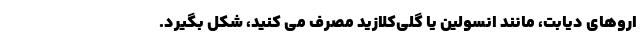
اروهای دیابت، مانند انسولین یا گلی‌کلازید مصرف می کنید، شکل بگیرد.